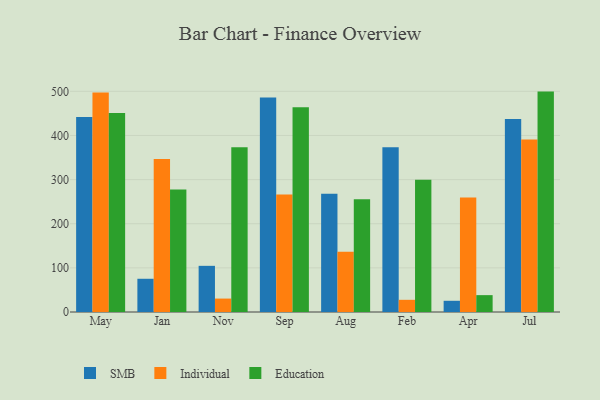
{"axis": {"x": "Month", "y": "Headcount"}, "legend": ["Education", "Individual", "SMB"], "data": [{"x": "May", "y": 441.9, "type": "SMB"}, {"x": "May", "y": 497.6, "type": "Individual"}, {"x": "May", "y": 451.0, "type": "Education"}, {"x": "Jan", "y": 75.3, "type": "SMB"}, {"x": "Jan", "y": 346.7, "type": "Individual"}, {"x": "Jan", "y": 277.4, "type": "Education"}, {"x": "Nov", "y": 104.6, "type": "SMB"}, {"x": "Nov", "y": 30.4, "type": "Individual"}, {"x": "Nov", "y": 373.3, "type": "Education"}, {"x": "Sep", "y": 485.8, "type": "SMB"}, {"x": "Sep", "y": 266.0, "type": "Individual"}, {"x": "Sep", "y": 463.8, "type": "Education"}, {"x": "Aug", "y": 267.8, "type": "SMB"}, {"x": "Aug", "y": 136.5, "type": "Individual"}, {"x": "Aug", "y": 255.2, "type": "Education"}, {"x": "Feb", "y": 373.4, "type": "SMB"}, {"x": "Feb", "y": 27.6, "type": "Individual"}, {"x": "Feb", "y": 299.7, "type": "Education"}, {"x": "Apr", "y": 25.4, "type": "SMB"}, {"x": "Apr", "y": 259.3, "type": "Individual"}, {"x": "Apr", "y": 38.2, "type": "Education"}, {"x": "Jul", "y": 437.4, "type": "SMB"}, {"x": "Jul", "y": 390.8, "type": "Individual"}, {"x": "Jul", "y": 499.4, "type": "Education"}]}